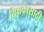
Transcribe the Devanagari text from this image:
शिक्षकासाठी